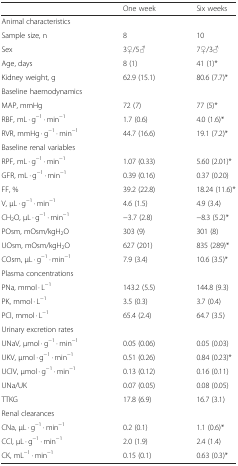
<table><thead><tr><td>[EMPTY_CELL]</td><td><b>One week</b></td><td><b>Six weeks</b></td></tr></thead><tbody><tr><td>Animal characteristics</td><td>[EMPTY_CELL]</td><td>[EMPTY_CELL]</td></tr><tr><td>Sample size, n</td><td>8</td><td>10</td></tr><tr><td>Sex</td><td>3♀/5♂</td><td>7♀/3♂</td></tr><tr><td>Age, days</td><td>8 (1)</td><td>41 (1)*</td></tr><tr><td>Kidney weight, g</td><td>62.9 (15.1)</td><td>80.6 (7.7)*</td></tr><tr><td>Baseline haemodynamics</td><td>[EMPTY_CELL]</td><td>[EMPTY_CELL]</td></tr><tr><td>MAP, mmHg</td><td>72 (7)</td><td>77 (5)*</td></tr><tr><td>RBF, mL · g<sup>−1</sup> · min<sup>−1</sup></td><td>1.7 (0.6)</td><td>4.0 (1.6)*</td></tr><tr><td>RVR, mmHg · g<sup>−1</sup> · min<sup>−1</sup></td><td>44.7 (16.6)</td><td>19.1 (7.2)*</td></tr><tr><td>Baseline renal variables</td><td>[EMPTY_CELL]</td><td>[EMPTY_CELL]</td></tr><tr><td>RPF, mL · g<sup>−1</sup> · min<sup>−1</sup></td><td>1.07 (0.33)</td><td>5.60 (2.01)*</td></tr><tr><td>GFR, mL · g<sup>−1</sup> · min<sup>−1</sup></td><td>0.39 (0.16)</td><td>0.37 (0.20)</td></tr><tr><td>FF, %</td><td>39.2 (22.8)</td><td>18.24 (11.6)*</td></tr><tr><td>V, μL · g<sup>−1</sup> · min<sup>−1</sup></td><td>4.6 (1.5)</td><td>4.9 (3.4)</td></tr><tr><td>CH<sub>2</sub>O, μL · g<sup>−1</sup> · min<sup>−1</sup></td><td>−3.7 (2.8)</td><td>−8.3 (5.2)*</td></tr><tr><td>POsm, mOsm/kgH<sub>2</sub>O</td><td>303 (9)</td><td>301 (8)</td></tr><tr><td>UOsm, mOsm/kgH<sub>2</sub>O</td><td>627 (201)</td><td>835 (289)*</td></tr><tr><td>COsm, μL · g<sup>−1</sup> · min<sup>−1</sup></td><td>7.9 (3.4)</td><td>10.6 (3.5)*</td></tr><tr><td>Plasma concentrations</td><td>[EMPTY_CELL]</td><td>[EMPTY_CELL]</td></tr><tr><td>PNa, mmol · L<sup>−1</sup></td><td>143.2 (5.5)</td><td>144.8 (9.3)</td></tr><tr><td>PK, mmol · L<sup>−1</sup></td><td>3.5 (0.3)</td><td>3.7 (0.4)</td></tr><tr><td>PCl, mmol · L<sup>−1</sup></td><td>65.4 (2.4)</td><td>64.7 (3.5)</td></tr><tr><td>Urinary excretion rates</td><td>[EMPTY_CELL]</td><td>[EMPTY_CELL]</td></tr><tr><td>UNaV, μmol · g<sup>−1</sup> · min<sup>−1</sup></td><td>0.05 (0.06)</td><td>0.05 (0.03)</td></tr><tr><td>UKV, μmol · g<sup>−1</sup> · min<sup>−1</sup></td><td>0.51 (0.26)</td><td>0.84 (0.23)*</td></tr><tr><td>UClV, μmol · g<sup>−1</sup> · min<sup>−1</sup></td><td>0.13 (0.12)</td><td>0.16 (0.11)</td></tr><tr><td>UNa/UK</td><td>0.07 (0.05)</td><td>0.08 (0.05)</td></tr><tr><td>TTKG</td><td>17.8 (6.9)</td><td>16.7 (3.1)</td></tr><tr><td>Renal clearances</td><td>[EMPTY_CELL]</td><td>[EMPTY_CELL]</td></tr><tr><td>CNa, μL · g<sup>−1</sup> · min<sup>−1</sup></td><td>0.2 (0.1)</td><td>1.1 (0.6)*</td></tr><tr><td>CCl, μL · g<sup>−1</sup> · min<sup>−1</sup></td><td>2.0 (1.9)</td><td>2.4 (1.4)</td></tr><tr><td>CK, mL<sup>−1</sup> · min<sup>−1</sup></td><td>0.15 (0.1)</td><td>0.63 (0.3)*</td></tr></tbody></table>